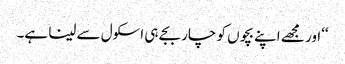
‘‘اور مجھے اپنے بچوں کو چار بجے ہی اسکول سے لینا ہے۔